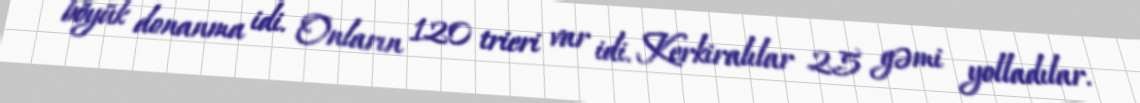
böyük donanma idi. Onların 120 trieri var idi. Kerkiralılar 25 gəmi yolladılar.